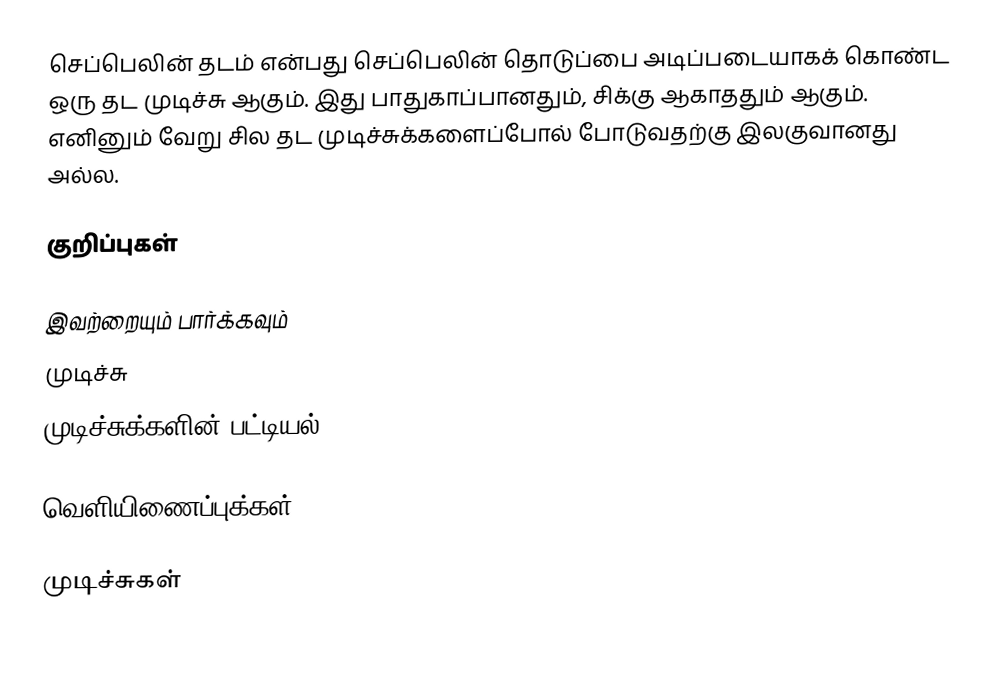
செப்பெலின் தடம் என்பது செப்பெலின் தொடுப்பை அடிப்படையாகக் கொண்ட ஒரு தட முடிச்சு ஆகும். இது பாதுகாப்பானதும், சிக்கு ஆகாததும் ஆகும். எனினும் வேறு சில தட முடிச்சுக்களைப்போல் போடுவதற்கு இலகுவானது அல்ல.

குறிப்புகள்

இவற்றையும் பார்க்கவும்
 முடிச்சு
 முடிச்சுக்களின் பட்டியல்

வெளியிணைப்புக்கள்

முடிச்சுகள்